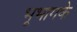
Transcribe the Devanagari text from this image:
भूभागके